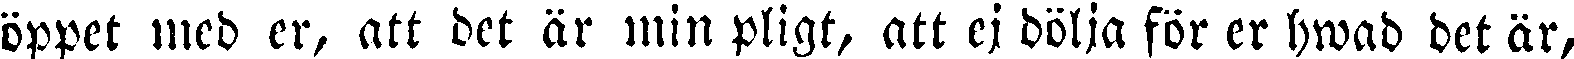
öppet med er, att det är min pligt, att ej dölja för er hwad det är,